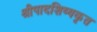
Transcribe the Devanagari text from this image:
श्रीपादशिष्यकृत